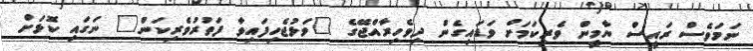
ނަމަވެސް ރައީސް ޔާމީން ވެރިކަމަށް ވަޑައިގެން ދިވެހިރާއްޖޭގެ "ވަޅުޖެހިފައިވާ ފަތުރުވެރިކަން" ނަގައި ކޮޅަށް